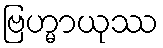
ဗြဟ္မာယုဿ